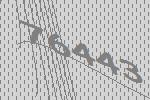
76443